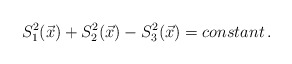
\begin{align*}S_1^2(\vec{x})+S_2^2(\vec{x})-S_3^2(\vec{x})=constant\,.\end{align*}